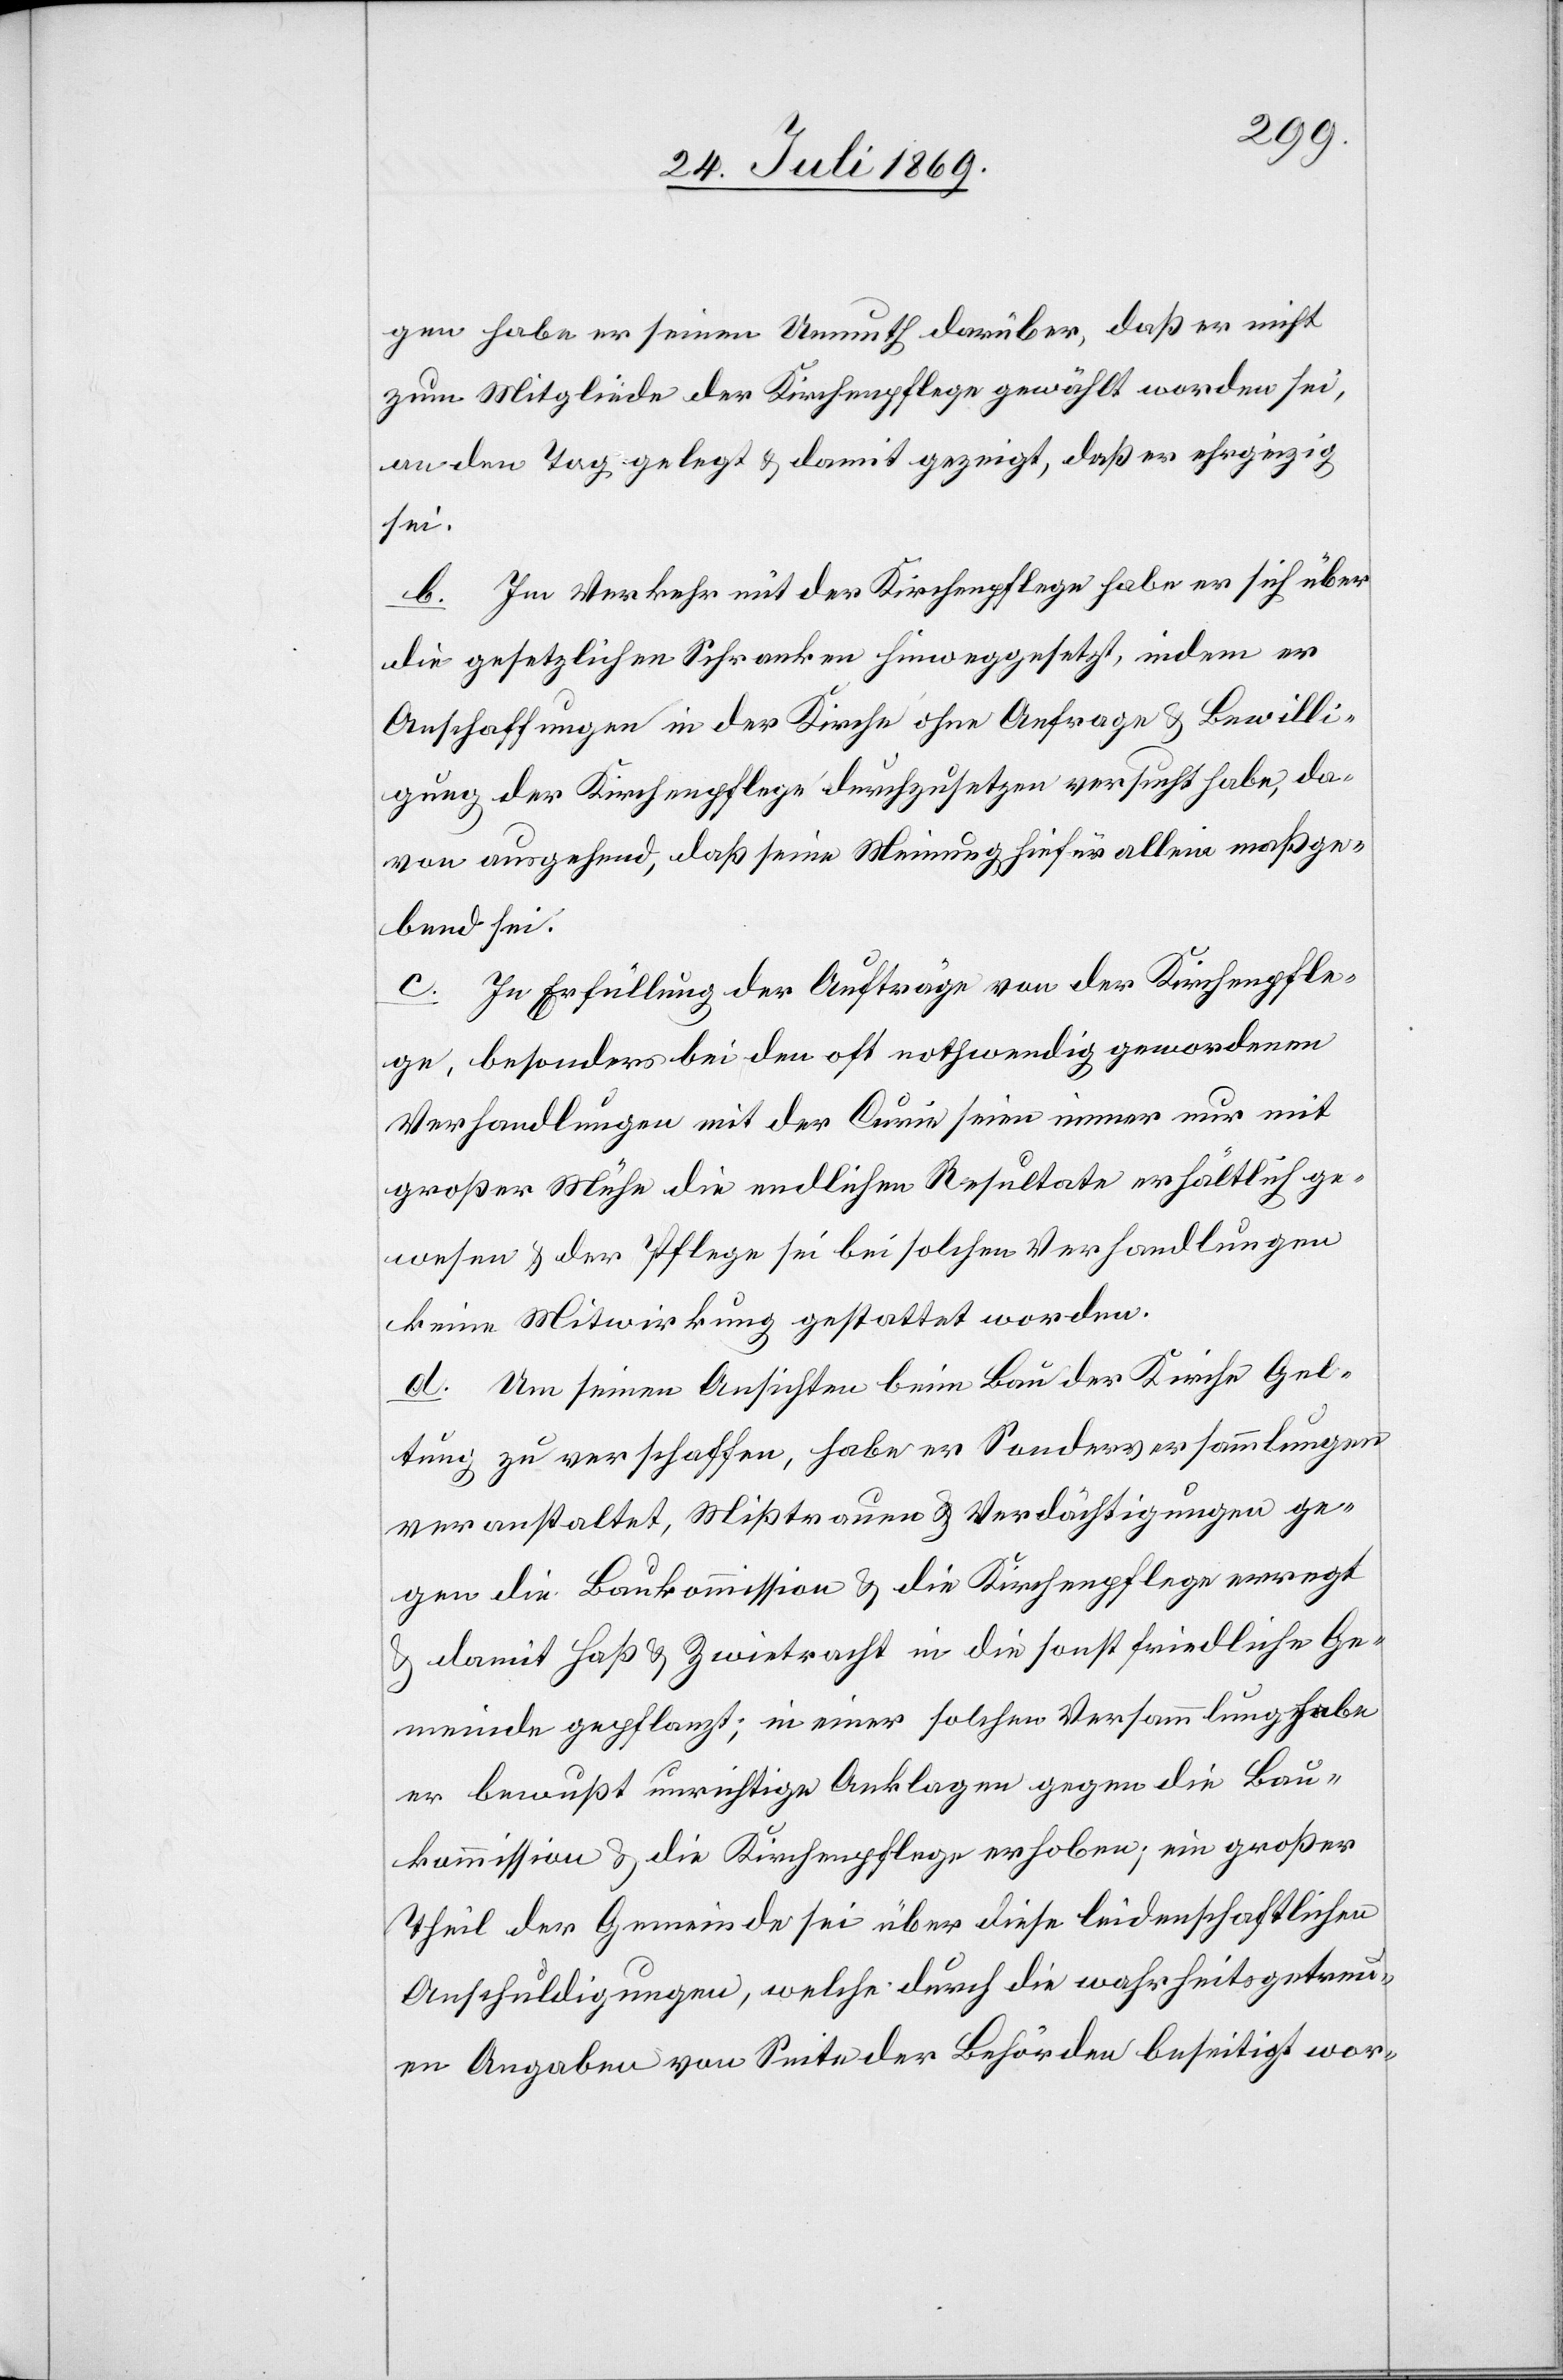
gen habe er seinen Unmuth darüber, daß er nicht
zum Mitgliede der Kirchenpflege gewählt worden sei,
an den Tag gelegt u. damit gezeigt, daß er ehrgeizig
sei.
b. Im Verkehr mit der Kirchenpflege habe er sich über
die gesetzlichen Schranken hinweggesetzt, indem er
Anschaffungen in der Kirche ohne Anfrage u. Bewilli¬
gung der Kirchenpflege durchzusetzen versucht habe, da¬
von ausgehend, daß seine Meinung hiefür allein maßge¬
bend sei.
c. In Erfüllung der Aufträge von der Kirchenpfle¬
ge, besonders bei den oft nothwendig gewordenen
Verhandlungen mit der Curie seien immer nur mit
großer Mühe die endlichen Resultate erhältlich ge¬
wesen u. der Pflege sei bei solchen Verhandlungen
keine Mitwirkung gestattet worden.
d. Um seinen Ansichten beim Bau der Kirche Gel¬
tung zu verschaffen, habe er Sonderversammlungen
veranstaltet, Mißtrauen u. Verdächtigungen ge¬
gen die Baukommission u. die Kirchenpflege erregt
u. damit Haß u. Zwietracht in die sonst friedliche Ge¬
meinde gepflanzt; in einer solchen Versammlung habe
er bewußt unrichtige Anklagen gegen die Bau¬
kommission u. die Kirchenpflege erhoben, ein großer
Theil der Gemeinde sei über die leidenschaftlichen
Anschuldigungen, welche durch die wahrheitsgetreu¬
en Angaben von Seite der Behörden beseitigt wor-